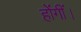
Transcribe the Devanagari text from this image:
होंगीं।